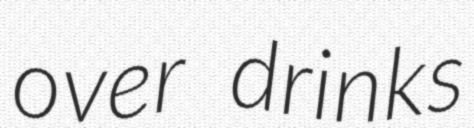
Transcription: over drinks